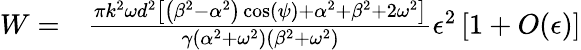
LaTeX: \begin{array}{rl}{W=}&{{}\frac{\pi k^{2}\omega d^{2}\left[\left(\beta^{2}-\alpha^{2}\right)\cos(\psi)+\alpha^{2}+\beta^{2}+2\omega^{2}\right]}{\gamma\left(\alpha^{2}+\omega^{2}\right)\left(\beta^{2}+\omega^{2}\right)}\epsilon^{2}\left[1+O(\epsilon)\right]}\end{array}